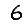
Digit: 6